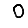
Digit: 0